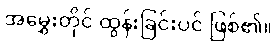
အမွှေးတိုင် ထွန်းခြင်းပင် ဖြစ်၏။